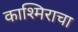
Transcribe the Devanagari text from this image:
काश्मिराचा